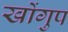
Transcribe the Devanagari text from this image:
खोंगुप